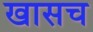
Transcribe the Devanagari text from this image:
खासच